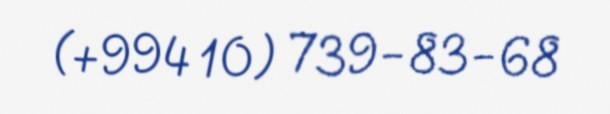
(+994 10) 739-83-68